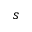
s